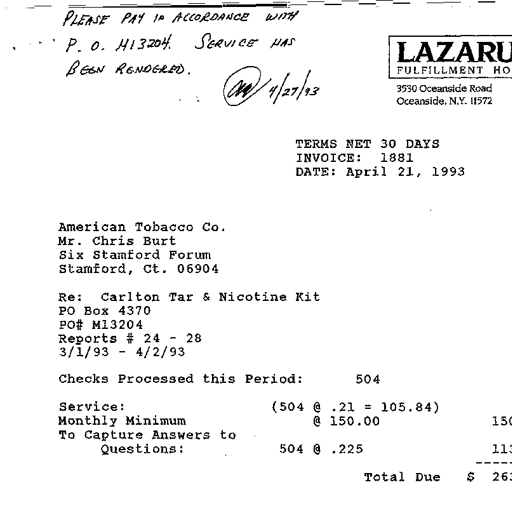
PLEASE PAY IN ACCORDANCE WITH
P. O. M13204. SERVICE HAS
BEEN RENDERED.
CAW 4/27/93
LAZARU
FULFILLMENT HO
3530 Oceanside Road
Oceanside, N.Y. 11572

TERMS NET 30 DAYS
INVOICE: 1881
DATE: April 21, 1993

American Tobacco Co.
Mr. Chris Burt
Six Stamford Forum
Stamford, Ct. 06904

Re: Carlton Tar & Nicotine Kit
PO Box 4370
PO# M13204
Reports # 24 - 28
3/1/93 - 4/2/93

Checks Processed this Period: 504

Service: (504 @ .21 = 105.84)
Monthly Minimum @ 150.00 150
To Capture Answers to
Questions: 504 @ .225 113
------
Total Due $ 263